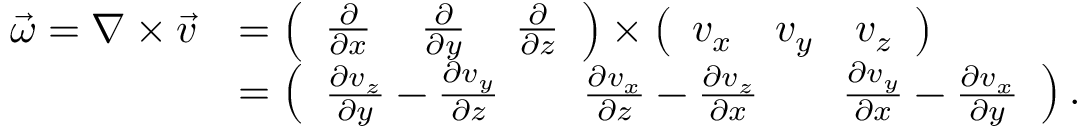
{ \begin{array} { r l } { { \vec { \omega } } = \nabla \times { \vec { v } } } & { = { \left( \begin{array} { l l l } { { \frac { \partial } { \partial x } } } & { \, { \frac { \partial } { \partial y } } } & { \, { \frac { \partial } { \partial z } } } \end{array} \right) } \times { \left( \begin{array} { l l l } { v _ { x } } & { v _ { y } } & { v _ { z } } \end{array} \right) } } \\ & { = { \left( \begin{array} { l l l } { { \frac { \partial v _ { z } } { \partial y } } - { \frac { \partial v _ { y } } { \partial z } } } & { \quad { \frac { \partial v _ { x } } { \partial z } } - { \frac { \partial v _ { z } } { \partial x } } } & { \quad { \frac { \partial v _ { y } } { \partial x } } - { \frac { \partial v _ { x } } { \partial y } } } \end{array} \right) } \, . } \end{array} }